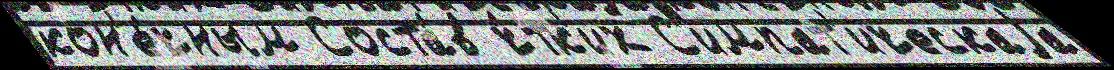
кон'е́чным Соста́в ч́тк'их С'импат'ическаjа